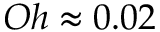
{ O h \approx 0 . 0 2 }